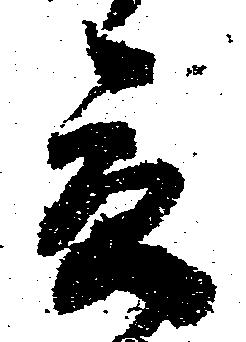
貢